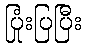
ပြုံးပြပြီး